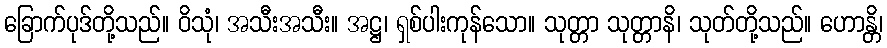
ခြောက်ပုဒ်တို့သည်။ ဝိသုံ၊ အသီးအသီး။ အဋ္ဌ၊ ရှစ်ပါးကုန်သော။ သုတ္တာ သုတ္တာနိ၊ သုတ်တို့သည်။ ဟောန္တိ၊